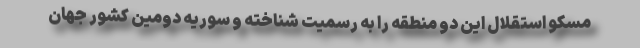
مسکو استقلال این دو منطقه را به رسمیت شناخته و سوریه دومین کشور جهان